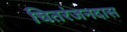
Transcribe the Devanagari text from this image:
चितरंजनदास